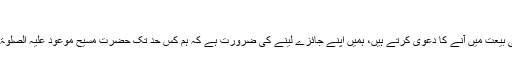
11؍ اکتوبر 2013ء شہ سرخیاں
ہم جو حضرت مسیح موعود علیہ الصلوٰۃ والسلام کی بیعت میں آنے کا دعویٰ کرتے ہیں، ہمیں اپنے جائزے لینے کی ضرورت ہے کہ ہم کس حد تک حضرت مسیح موعود علیہ الصلوٰۃ والسلام کی بعثت کے مقصد کو پورا کر رہے ہیں۔